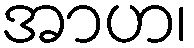
အာဟ၊